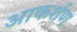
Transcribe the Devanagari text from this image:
आकर्शण